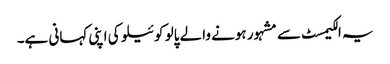
یہ الکیمسٹ سے مشہور ہونے والے پالو کوئیلو کی اپنی کہانی ہے۔